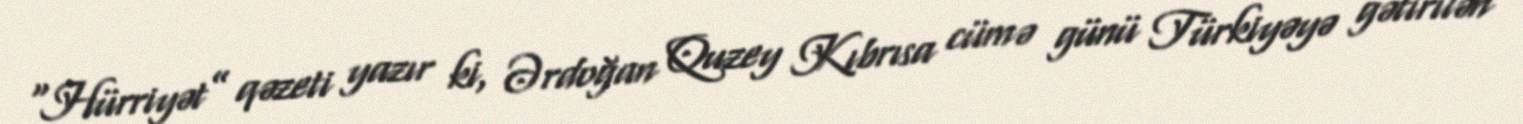
“Hürriyət” qəzeti yazır ki, Ərdoğan Quzey Kıbrısa cümə günü Türkiyəyə gətirilən